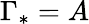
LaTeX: \Gamma_{*}=A